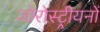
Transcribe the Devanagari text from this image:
जोरोस्ट्रीयनों